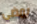
يمضى